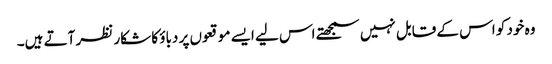
وہ خود کو اس کے قابل نہیں سمجھتے اس لیے ایسے موقعوں پر دباؤ کا شکار نظر آتے ہیں۔